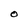
Character: O